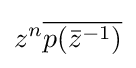
z^{n}{\overline {p({\bar {z}}^{-1})}}